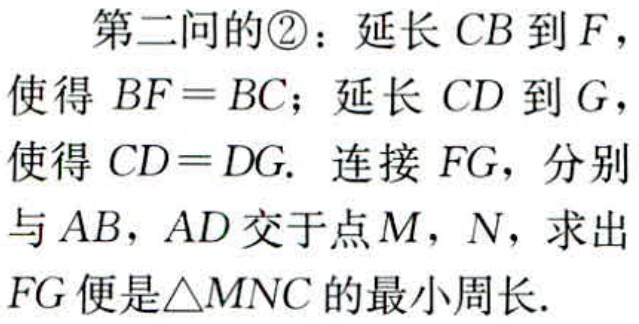
第二问的\textcircled{2}：延长\(CB\)到\(F\)，使得\(BF = BC\)；延长\(CD\)到\(G\)，使得\(CD = DG\). 连接\(FG\)，分别与\(AB\)，\(AD\)交于点\(M\)，\(N\)，求出\(FG\)便是\(\triangle MNC\)的最小周长.